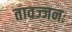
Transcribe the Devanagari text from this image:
तावज्जनः